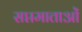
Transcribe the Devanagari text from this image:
सप्तमाताओं